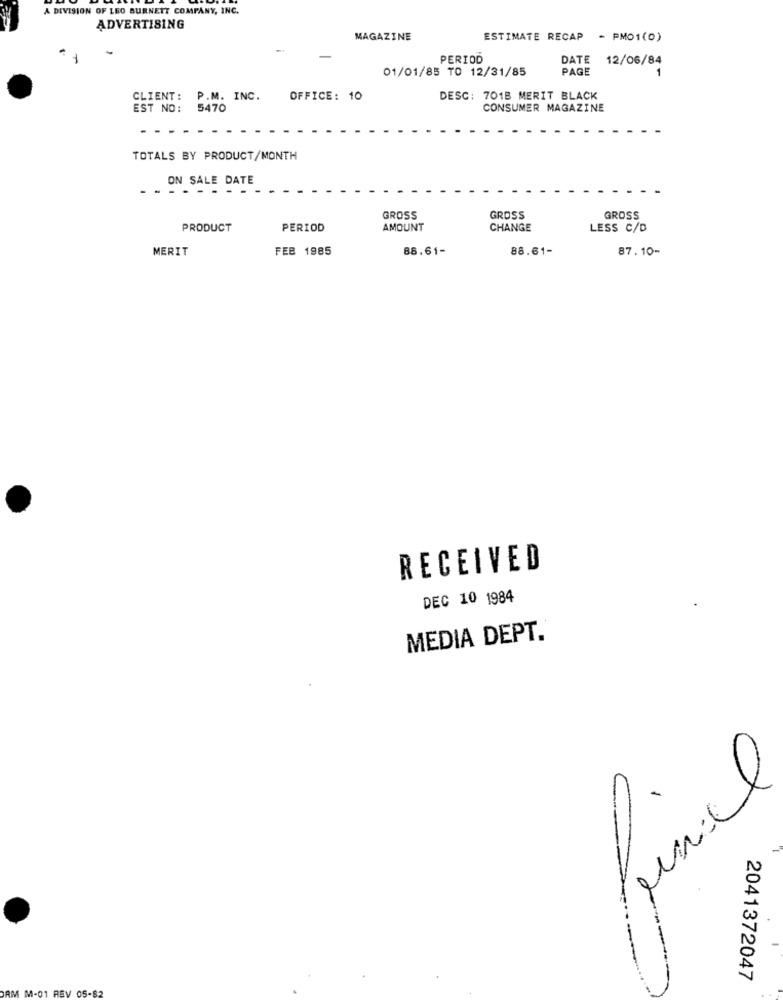
A DIVISION OF LEO BURNETT COMPANY, INC.
ADVERTISING
MAGAZINE
ESTIMATE RECAP
- PMO1(0)
PERIOD
DATE 12/06/84
01/01/85 TO 12/31/85
PAGE
CLIENT:
P.M. INC.
OFFICE: 10
DESC: 701B MERIT BLACK
EST NO:
5470
CONSUMER MAGAZINE
TOTALS BY PRODUCT/MONTH
ON SALE DATE
GROSS
GROSS
GROSS
PRODUCT
PERIOD
AMOUNT
CHANGE
LESS C/D
MERIT
FEB 1985
86.61-
88.61-
87.10-
RECEIVED
DEC 10 1984
MEDIA DEPT.
2041372047
ORM M-01
V 05-82